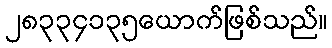
၂၈၃၃၄၁၃၅ယောက်ဖြစ်သည်။